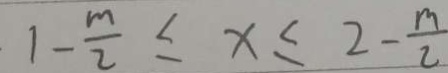
1 - \frac { m } { 2 } \leq x \leq 2 - \frac { m } { 2 }